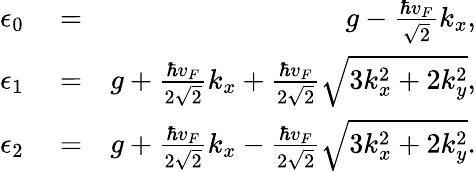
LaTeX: \begin{array}{rlr}{\epsilon_{0}}&{{}=}&{g-\frac{\hbar v_{F}}{\sqrt{2}}k_{x},}\\ {\epsilon_{1}}&{{}=}&{g+\frac{\hbar v_{F}}{2\sqrt{2}}k_{x}+\frac{\hbar v_{F}}{2\sqrt{2}}\sqrt{3k_{x}^{2}+2k_{y}^{2}},}\\ {\epsilon_{2}}&{{}=}&{g+\frac{\hbar v_{F}}{2\sqrt{2}}k_{x}-\frac{\hbar v_{F}}{2\sqrt{2}}\sqrt{3k_{x}^{2}+2k_{y}^{2}}.}\end{array}